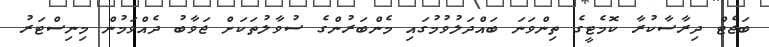
ބަޖެޓް ދިރާސާކުރާ ކޮމެޓީގެ ތިންވަނަ ބައްދަލުވުމުގައި މެންބަރުންގެ ސުވާލުތަކަށް ޖަވާބު ދެއްވަމުން މިނިސްޓަރު